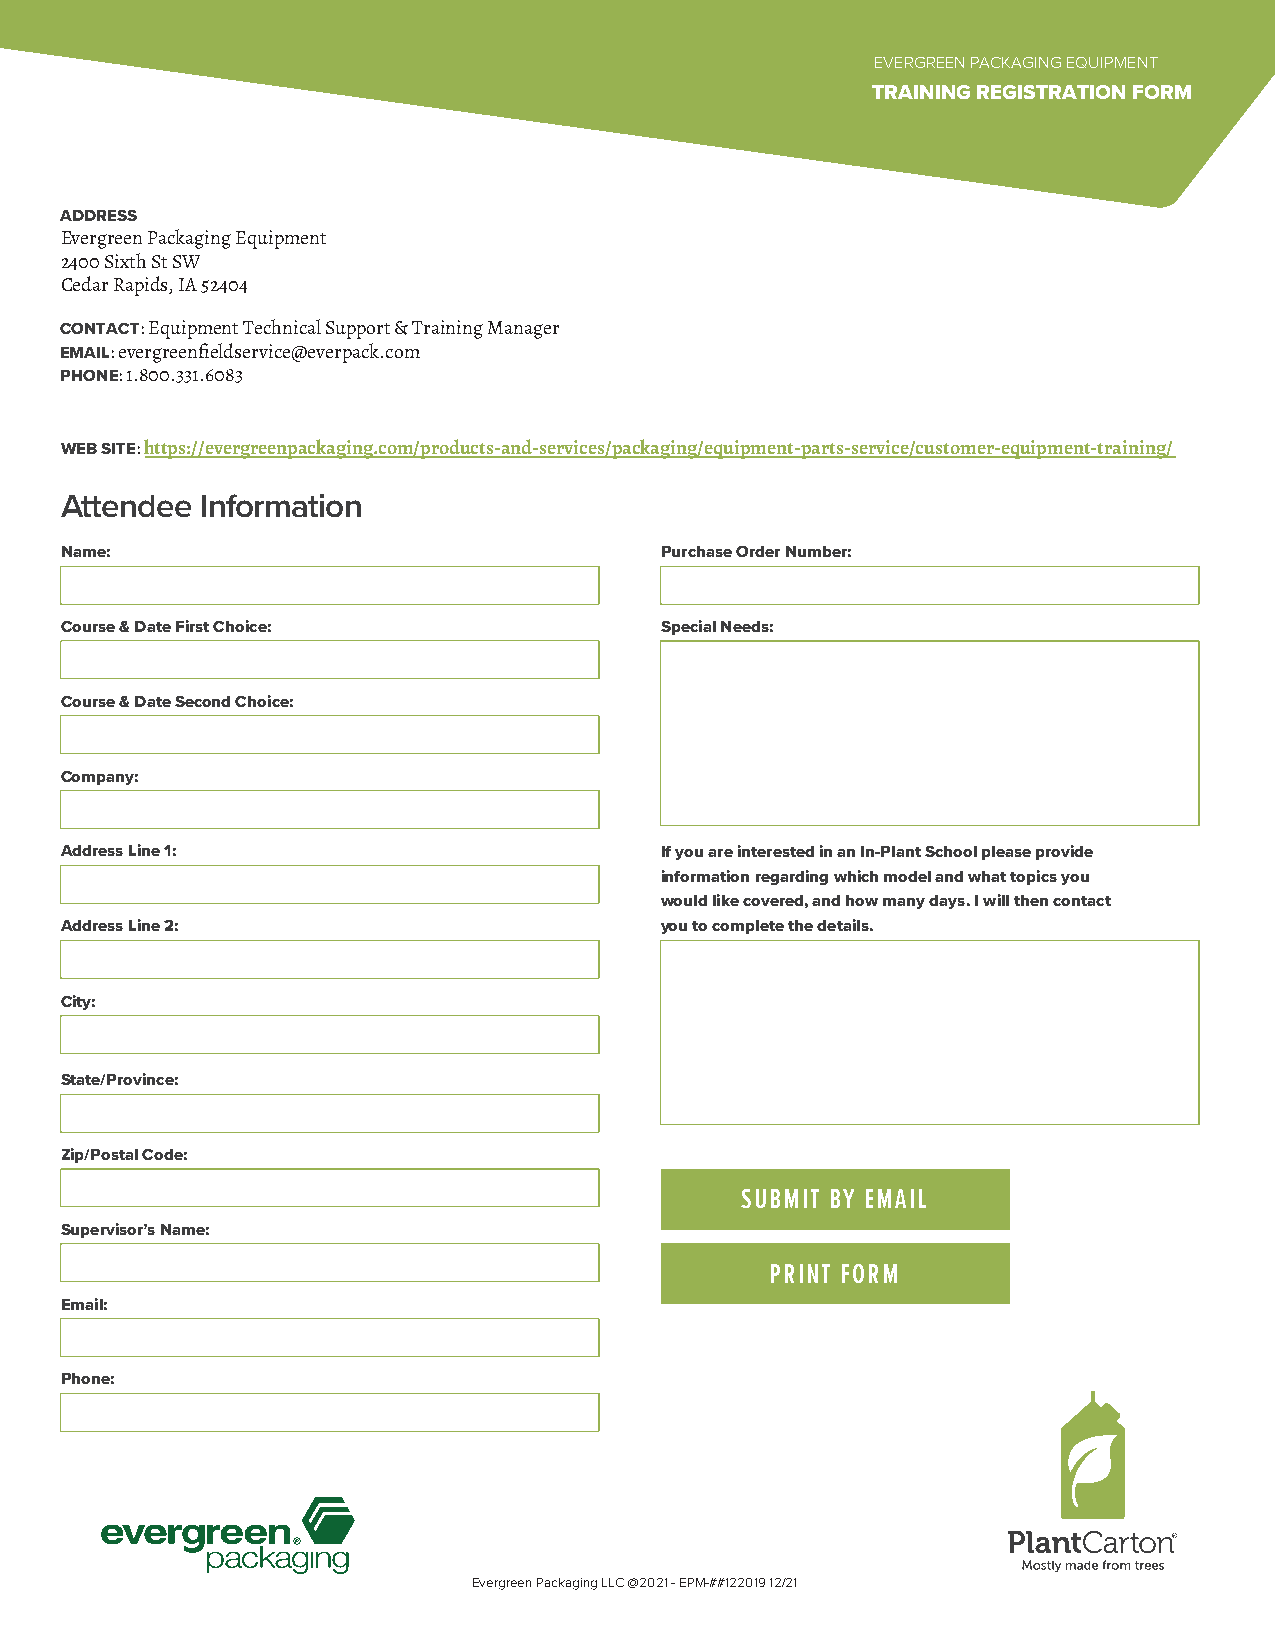
EVERGREEN PACKAGING EQUIPMENT
 TRAINING REGISTRATION FORM
 ADDRESS
 Evergreen Packaging Equipment
 2400 Sixth St SW
 Cedar Rapids, IA 52404
 CONTACT: Equipment Technical Support & Training Manager
 EMAIL: evergreenfieldservice@everpack.com
 PHONE: 1.800.331.6083
 WEB SITE: https://evergreenpackaging.com/products-and-services/packaging/equipment-parts-service/customer-equipment-training/
 Attendee Information
 Name:                                   Purchase Order Number:
 Course & Date First Choice:             Special Needs:
 Course & Date Second Choice:
 Company:
 Address Line 1:                         If you are interested in an In-Plant School please provide
 information regarding which model and what topics you
 would like covered, and how many days. I will then contact
 Address Line 2:                         you to complete the details.
 City:
 State/Province:
 Zip/Postal Code:
 SUBMIT BY EMAIL
 Supervisor’s Name:
 PRINT FORM
 Email:
 Phone:
 Evergreen Packaging LLC @2021 - EPM-##122019 12/21